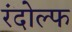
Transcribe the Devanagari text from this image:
रंदोल्फ